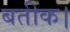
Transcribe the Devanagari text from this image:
बतीक।